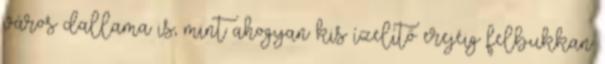
város dallama is, mint ahogyan kis ízelítő erejéig felbukkan